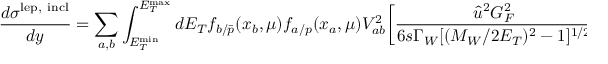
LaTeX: { \frac { d \sigma ^ { \mathrm { l e p , \ i n c l } } } { d y } } = \sum _ { a , b } \int _ { E _ { T } ^ { \mathrm { m i n } } } ^ { E _ { T } ^ { \mathrm { m a x } } } d E _ { T } f _ { b / { \bar { p } } } ( x _ { b } , \mu ) f _ { a / p } ( x _ { a } , \mu ) V _ { a b } ^ { 2 } \biggl [ { \frac { \hat { u } ^ { 2 } G _ { F } ^ { 2 } } { 6 s \Gamma _ { W } [ ( M _ { W } / 2 E _ { T } ) ^ { 2 } - 1 ] ^ { 1 / 2 } } } \biggr ] ,